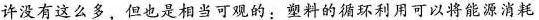
许没有这么多，但也是相当可观的；塑料的循环利用可以将能源消耗